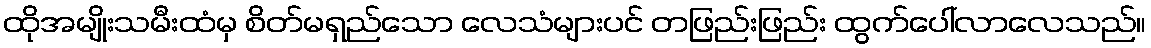
ထိုအမျိုးသမီးထံမှ စိတ်မရှည်သော လေသံများပင် တဖြည်းဖြည်း ထွက်ပေါ်လာလေသည်။